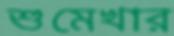
শুমেখার